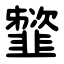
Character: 䪡